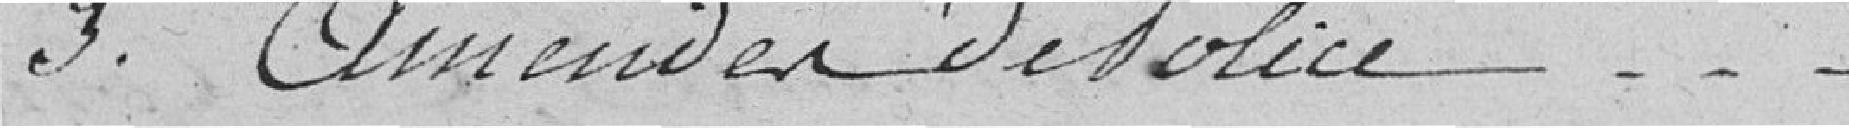
3. Amendes de police